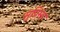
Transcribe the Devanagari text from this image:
सुप्रिम्स